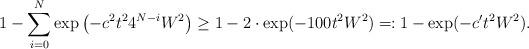
LaTeX: \begin{align*} 1 - \sum_{i=0}^N \exp\left( -c^2 t^24^{N-i} W^2 \right) \geq 1 - 2 \cdot \exp(-100 t^2 W^2) \eqqcolon 1-\exp(-c't^2 W^2).\end{align*}